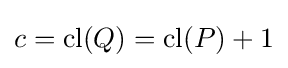
c=\mathrm {cl} (Q)=\mathrm {cl} (P)+1